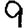
Digit: 9